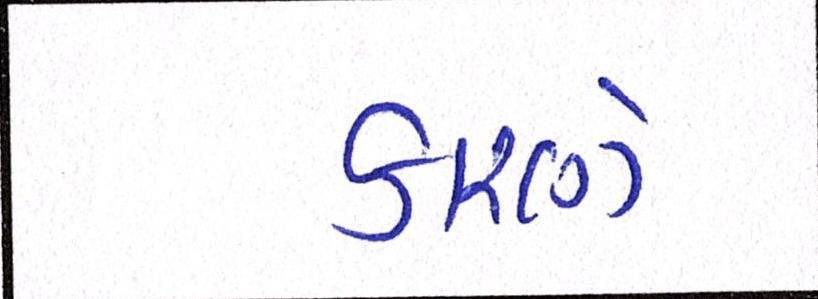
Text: કારણે